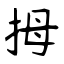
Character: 拇